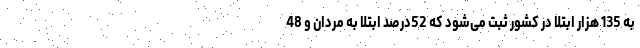
به 135 هزار ابتلا در کشور ثبت می‌شود که 52درصد ابتلا به مردان و 48